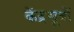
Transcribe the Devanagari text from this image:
केंद्रसूत्रों